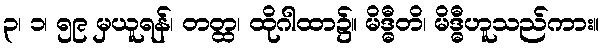
၃၊ ၁၊ ၅၉ မှယူရန်၊ တတ္ထ၊ ထိုဂါထာ၌။ မိဒ္ဓီတိ၊ မိဒ္ဓီဟူသည်ကား။